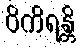
ဝိကိရန္တိ